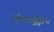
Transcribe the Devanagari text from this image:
दीघार्युष्ट्वाय